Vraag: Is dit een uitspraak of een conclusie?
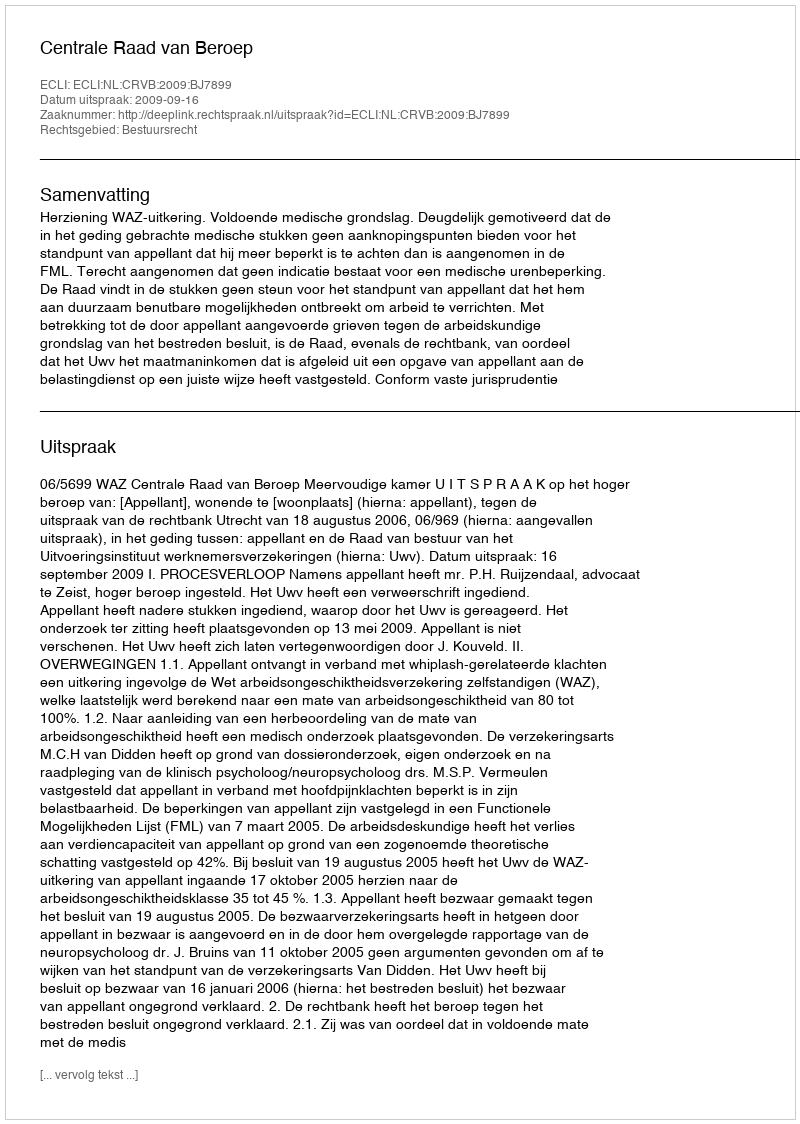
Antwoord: Uitspraak